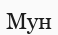
Мун